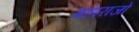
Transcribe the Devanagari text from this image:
महाराजो